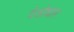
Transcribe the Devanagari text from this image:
देओधार